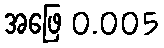
အဖြေ 0.005